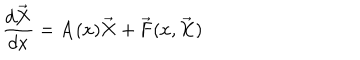
\frac { d \overrightarrow { { \bf X } } } { d x } = { \bf A } ( x ) \overrightarrow { { \bf X } } + \overrightarrow { { \bf F } } ( x , \overrightarrow { { \bf X } } )